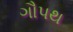
ગૌપથ